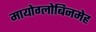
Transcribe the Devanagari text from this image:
मायोग्लोबिनमेह